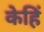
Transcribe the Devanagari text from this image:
केहिं